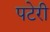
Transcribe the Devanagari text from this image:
पटेरी